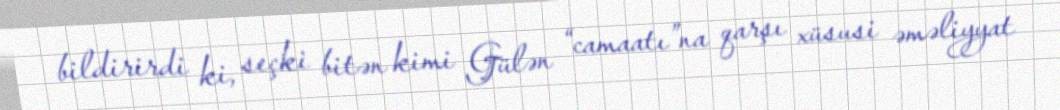
bildirirdi ki, seçki bitən kimi Gülən “camaatı”na qarşı xüsusi əməliyyat